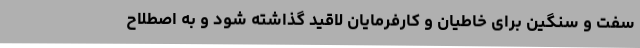
سفت و سنگین برای خاطیان و کارفرمایان لاقید گذاشته شود و به اصطلاح